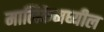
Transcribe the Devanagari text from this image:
मालिकेमध्यील